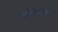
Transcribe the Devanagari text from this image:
स्त्रीसारखे